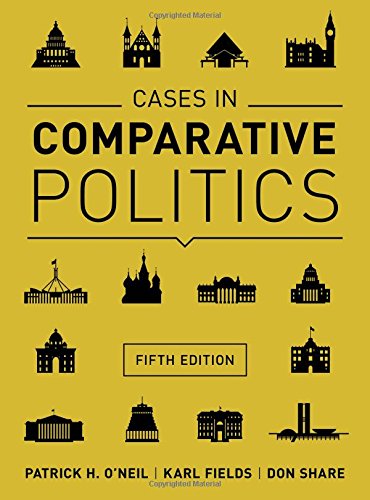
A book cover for Cases in Comparative Politics (Fifth Edition); Patrick H. O'Neil; Law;